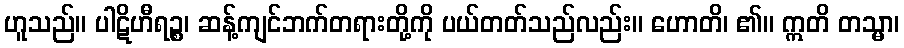
ဟူသည်။ ပါဋိဟီရဉ္စ၊ ဆန့်ကျင်ဘက်တရားတို့ကို ပယ်တတ်သည်လည်း။ ဟောတိ၊ ၏။ ဣတိ တသ္မာ၊